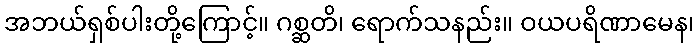
အဘယ်ရှစ်ပါးတို့ကြောင့်။ ဂစ္ဆတိ၊ ရောက်သနည်း။ ဝယပရိဏာမေန၊